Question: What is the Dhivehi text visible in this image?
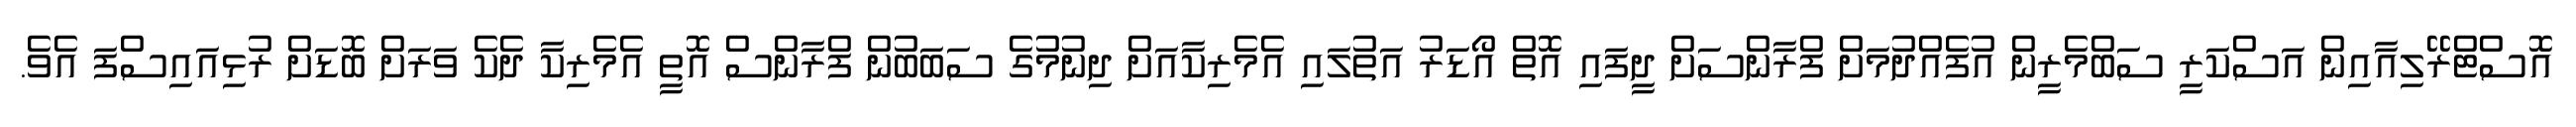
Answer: އޮސްޓްރޭލިއާއިން އަސްކަރީ ސަބްމެރީން އުފެއްދުމަށް ފްރާންސަށް ދީފައި އޮތް އޯޑަރު އަތުލައި އެމެރިކާއަށް ދިނުމުގެ ސަބަބުން ފްރާންސް އޮތީ އެމެރިކާ ދެކެ ވަރަށް ބޮޑަށް ރުޅިއައިސްފަ އެވެ.